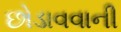
છોડાવવાની